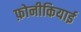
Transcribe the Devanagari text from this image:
फ़ोनीकियाई